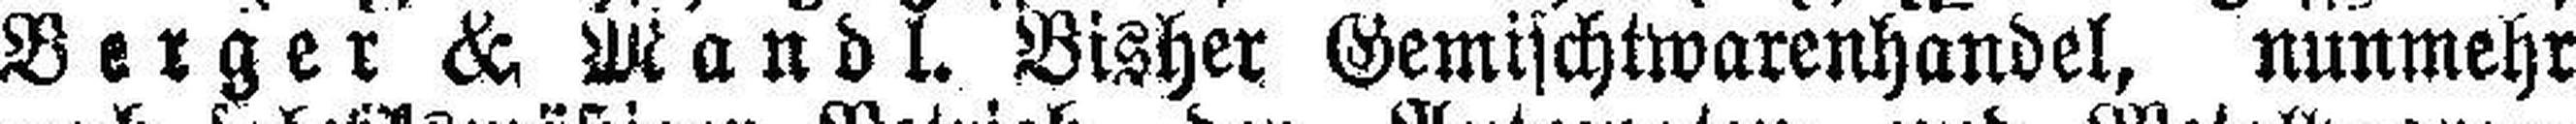
Berger & Mandl. Bisher Gemischtwarenhandel, nunmehr